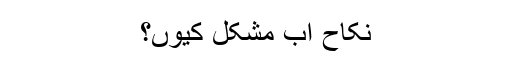
نکاح اب مشکل کیوں؟